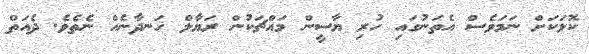
ކޮޅަކަށް ނަމަވެސް އެތަނުގައި ހުރި ޔާސީން މައްޗަކުން ރަޔާލް ހަނދާނެއް ނެތެވެ. ދެއަތް